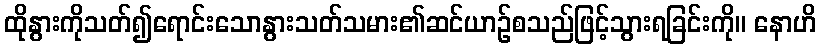
ထိုနွားကိုသတ်၍ရောင်းသောနွားသတ်သမား၏ဆင်ယာဉ်စသည်ဖြင့်သွားရခြင်းကို။ နောဟိ